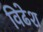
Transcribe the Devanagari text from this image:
विढेश